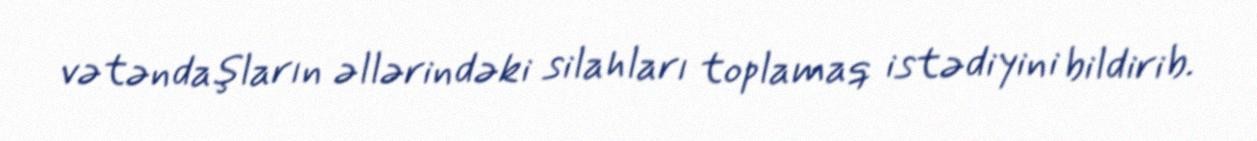
vətəndaşların əllərindəki silahları toplamaq istədiyini bildirib.